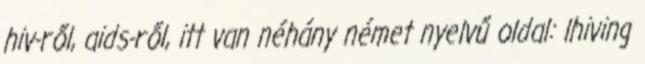
hiv-ről, aids-ről, itt van néhány német nyelvű oldal: lhiving